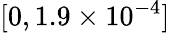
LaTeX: [0,1.9\times 10^{-4}]